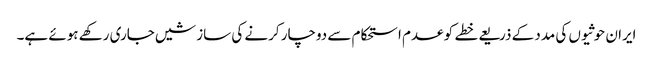
ایران حوثیوں کی مدد کے ذریعے خطے کو عدم استحکام سے دوچار کرنے کی سازشیں جاری رکھے ہوئے ہے۔